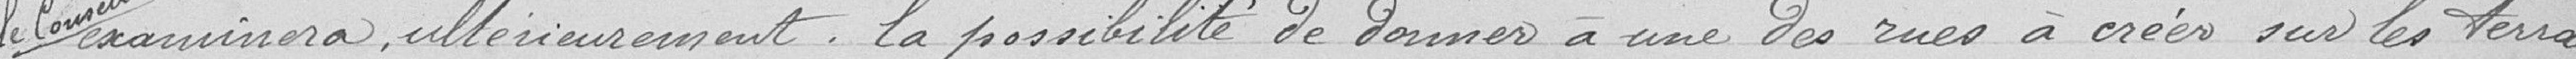
le conseil examinera ultérieurement la possibilité de donner à une des rues à créer sur les terrains